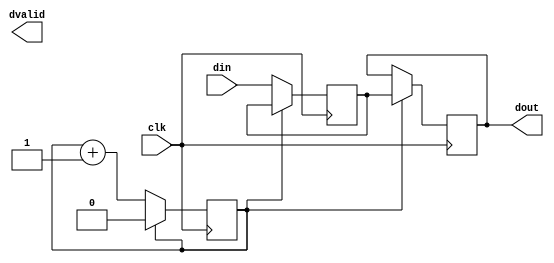
//============================================================================//
//                                                                            //
//      Parameterize Sync Delay                                               //
//                                                                            //
//      Module name: sync_delay                                               //
//      Desc: parameterized sync delay, which creates a varible length delay  //
//            of variable width                                               //
//      Developer: Wesley New                                                 //
//      Licence: GNU General Public License ver 3                             //
//      Notes:                                                                //
//                                                                            //
//============================================================================//

module sync_delay #(
      //=============
      // parameters
      //=============
      parameter DATA_WIDTH   = 32,
      parameter DELAY_CYCLES = 1
   ) (
      //=====================
      // input/output ports
      //=====================
      input  clk,
      input  [DATA_WIDTH-1:0] din,
      output [DATA_WIDTH-1:0] dout,
      output                  dvalid
   );

   // set the size of count to the max bit width required
   reg [DELAY_CYCLES-1:0] count = 0;
   reg [  DATA_WIDTH-1:0] data_in;
   reg [  DATA_WIDTH-1:0] data_out;
   
   // increment counter and set the data out to the data in
   // when count = DELAY_CYCLES 
   always @ (posedge clk) begin
      count <= count + 1;
      if (count == 0) begin
         data_in <= din;
      end else begin
         if (count == DELAY_CYCLES) begin
            data_out <= data_in;
            count <= 0;
         end// else begin
      end
   end

   // assign output to output reg 
   assign dout = data_out;
endmodule